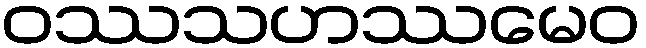
ဝဿသဟဿမေဝ